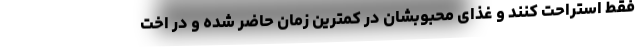
فقط استراحت کنند و غذای محبوبشان در کمترین زمان حاضر شده و در اخت